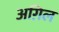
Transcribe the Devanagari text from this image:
अग़िल